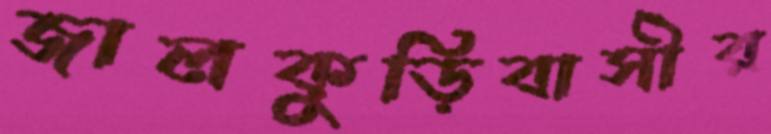
জালকুড়িবাসীর